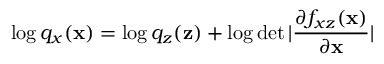
\log q _ { x } ( \mathbf { x } ) = \log q _ { z } ( \mathbf { z } ) + \log \operatorname* { d e t } | \frac { \partial f _ { x z } ( \mathbf { x } ) } { \partial \mathbf { x } } |